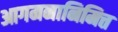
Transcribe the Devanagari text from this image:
आगमनानिमित्त